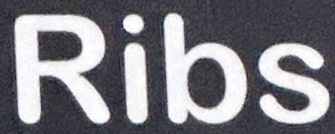
Ribs